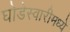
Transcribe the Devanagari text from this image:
घोडेस्वारीमध्ये